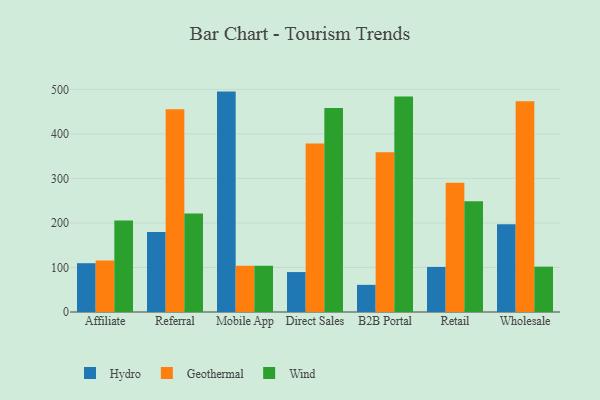
{"axis": {"x": "Channel", "y": "Churn Rate (%)"}, "legend": ["Geothermal", "Hydro", "Wind"], "data": [{"x": "Affiliate", "y": 109.6, "type": "Hydro"}, {"x": "Affiliate", "y": 115.8, "type": "Geothermal"}, {"x": "Affiliate", "y": 205.6, "type": "Wind"}, {"x": "Referral", "y": 179.5, "type": "Hydro"}, {"x": "Referral", "y": 455.5, "type": "Geothermal"}, {"x": "Referral", "y": 221.2, "type": "Wind"}, {"x": "Mobile App", "y": 495.1, "type": "Hydro"}, {"x": "Mobile App", "y": 103.9, "type": "Geothermal"}, {"x": "Mobile App", "y": 103.9, "type": "Wind"}, {"x": "Direct Sales", "y": 89.7, "type": "Hydro"}, {"x": "Direct Sales", "y": 378.7, "type": "Geothermal"}, {"x": "Direct Sales", "y": 458.0, "type": "Wind"}, {"x": "B2B Portal", "y": 61.0, "type": "Hydro"}, {"x": "B2B Portal", "y": 359.1, "type": "Geothermal"}, {"x": "B2B Portal", "y": 484.0, "type": "Wind"}, {"x": "Retail", "y": 101.3, "type": "Hydro"}, {"x": "Retail", "y": 290.2, "type": "Geothermal"}, {"x": "Retail", "y": 249.0, "type": "Wind"}, {"x": "Wholesale", "y": 197.0, "type": "Hydro"}, {"x": "Wholesale", "y": 473.5, "type": "Geothermal"}, {"x": "Wholesale", "y": 101.9, "type": "Wind"}]}